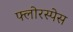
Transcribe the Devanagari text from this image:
फ्लोरस्पेस